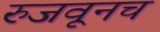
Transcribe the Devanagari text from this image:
रुजवूनच